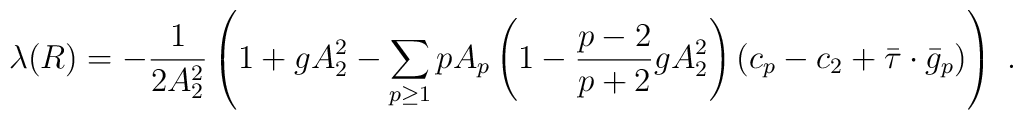
\lambda(R) =-{1\over 2A_2^2} \left( 1+gA_2^2 - \sum_{p\ge 1} p A_p\left(1-{p-2 \over p+2} g A_2^2\right)(c_p - c_2 + \bar \tau \cdot\bar g_p )\right) \ .